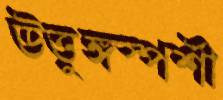
উত্তুঙ্গস্পর্শী